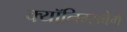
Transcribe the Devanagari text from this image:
क्यॉनिग्सबेर्ग